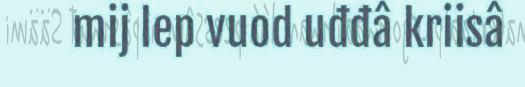
mij lep vuod uđđâ kriisâ